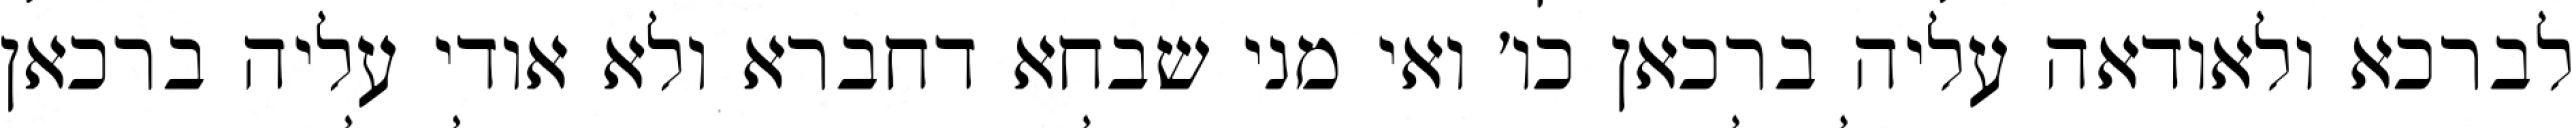
לברכא ולאודאה עליה ברכאן כו׳ ואי מני שבחא דחברא ולא אודי עליה ברכאן